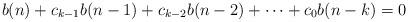
LaTeX: \begin{align*}b(n)+c_{k-1}b(n-1)+c_{k-2}b(n-2)+\cdots+c_0b(n-k)=0\end{align*}